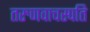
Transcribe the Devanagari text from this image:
तरुणवाचस्पति